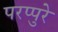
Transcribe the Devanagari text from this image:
परप्पुरे